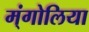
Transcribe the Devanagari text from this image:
म्ंगोलिया